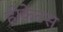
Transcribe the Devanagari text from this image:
होकेटस